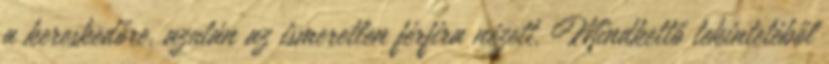
a kereskedőre, azután az ismeretlen férfira nézett. Mindkettő tekintetéből